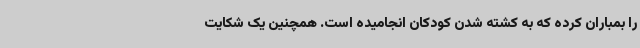
را بمباران کرده که به کشته شدن کودکان انجامیده است. همچنین یک شکایت